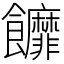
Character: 䭩